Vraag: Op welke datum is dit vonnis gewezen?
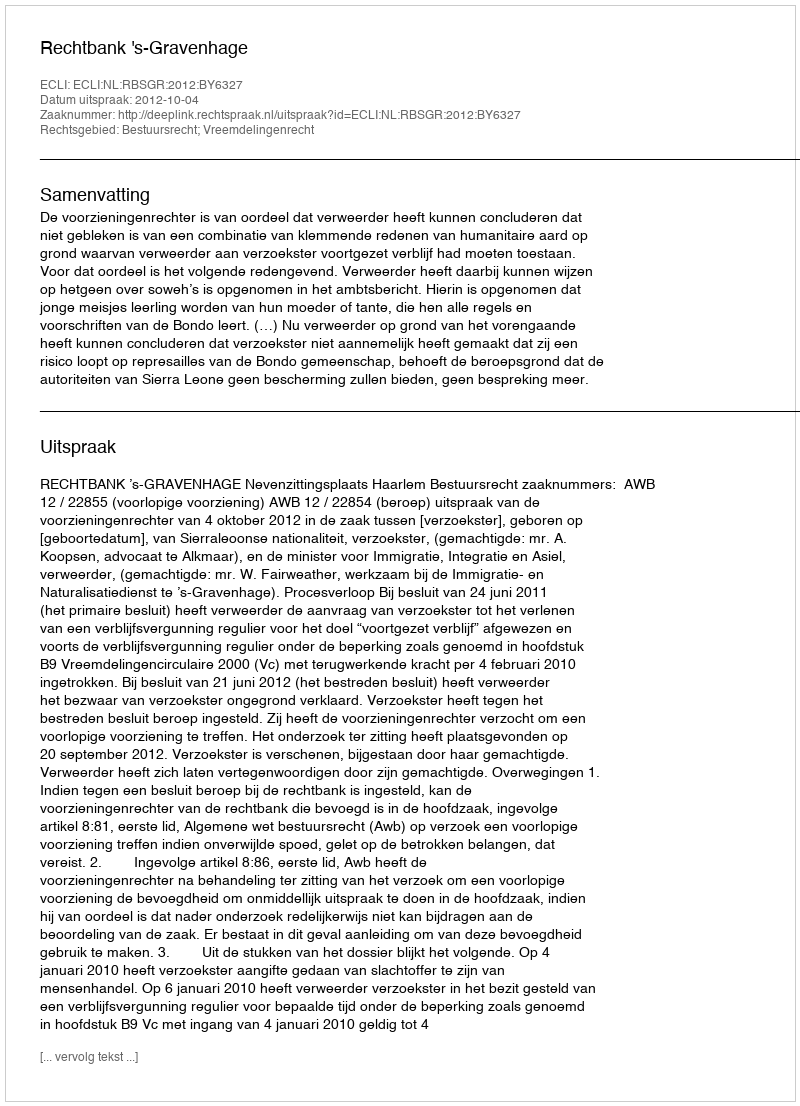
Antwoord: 2012-10-04